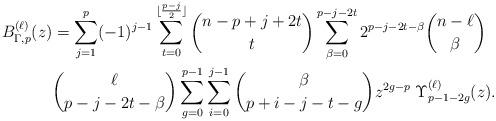
LaTeX: \begin{align*}B_{\Gamma,p}^{(\ell)}(z)&= \sum_{j=1}^{p} (-1)^{j-1} \sum_{t=0}^{\lfloor\frac{p-j}{2}\rfloor} \binom{n-p+j+2t}{t}\sum_{\beta=0}^{p-j-2t} 2^{p-j-2t-\beta} \binom{n-\ell}{\beta}\\ &\binom{\ell}{p-j-2t-\beta}\sum_{g=0}^{p-1} \sum_{i=0}^{j-1} \binom{\beta}{p+i-j-t-g} z^{2g-p} \;\Upsilon_{p-1-2g}^{(\ell)}(z).\end{align*}